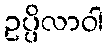
ဥပ္ပိလာဝါ